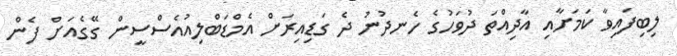
ލިބިފައިވާ ކަމަށާއި އާދިއްތަ ދުވަހުގެ ހެނދުނު ދެ ގަޑިއިރަށް އެމްޑަބްލިއުއެސްސީން ގޭގެއަށް ފެން